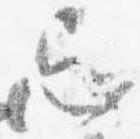
忌